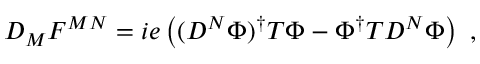
D _ { M } F ^ { M N } = i e \left( ( D ^ { N } \Phi ) ^ { \dagger } T \Phi - \Phi ^ { \dagger } T D ^ { N } \Phi \right) ~ ,